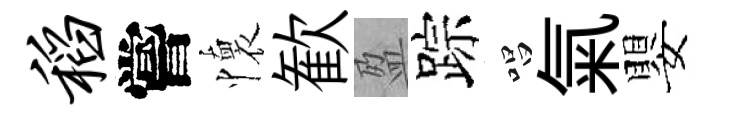
稻嘗懷歓盈踪唱氣嬰